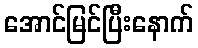
အောင်မြင်ပြီးနောက်